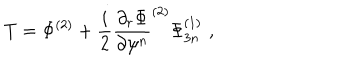
T = \Phi ^ { ( 2 ) } + \frac { i } { 2 } \frac { \partial _ { r } \Phi } { \partial \psi ^ { n } } ^ { ( 2 ) } \Phi _ { 3 n } ^ { ( 1 ) } \, \, ,